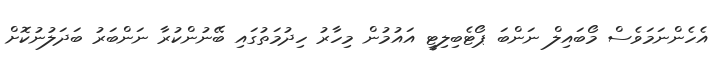
އެހެންނަމަވެސް މޯބައިލް ނަންބަ ޕޯޓެބިލިޓީ އައުމުން މިހާރު ހިދުމަތުގައި ބޭނުންކުރާ ނަންބަރު ބަދަލުނުކޮށް